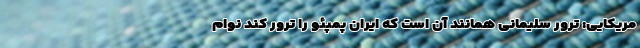
مریکایی: ترور سلیمانی همانند آن است که ایران پمپئو را ترور کند نوام